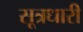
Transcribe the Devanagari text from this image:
सूत्रधारी